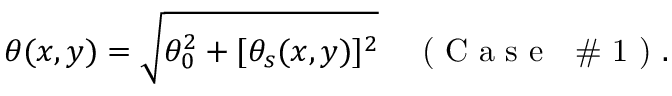
\theta ( x , y ) = \sqrt { \theta _ { 0 } ^ { 2 } + [ \theta _ { s } ( x , y ) ] ^ { 2 } } \quad \textrm { ( C a s e ~ \# 1 ) } .